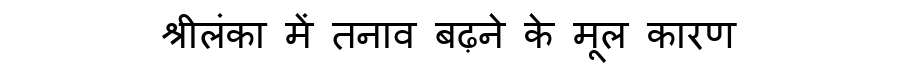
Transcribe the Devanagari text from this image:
श्रीलंका में तनाव बढ़ने के मूल कारण